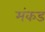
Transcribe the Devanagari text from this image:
मंकड